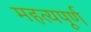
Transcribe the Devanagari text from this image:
महत्यपूर्ण